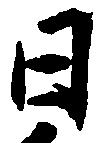
日